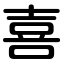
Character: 喜